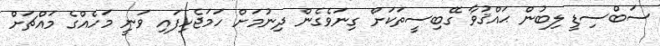
ސަބްސިޑީ ލިބުން ޙައްޤުވާ ގޭބިސީތަކަށް ގިނަވެގެން ދިނުމަށް ހަމަޖެހިފައި ވަނީ މަހެއްގެ މައްޗަށް